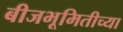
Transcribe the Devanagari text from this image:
बीजभूमितीच्या